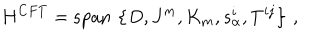
LaTeX: H ^ { C F T } = \mathrm { s p a n } \, \left\{ D , J ^ { m } , K _ { m } , s _ { \alpha } ^ { i } , T ^ { i j } \right\} \, ,